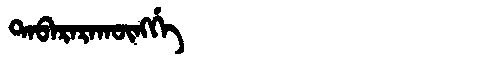
Manchu: ᡨᠠᠪᠠᡵᠠᡵᠠᡴᡡᠩᡤᡝ
Romanization: TABARARAKŪNGGE